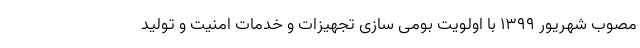
مصوب شهریور ۱۳۹۹ با اولویت بومی سازی تجهیزات و خدمات امنیت و تولید